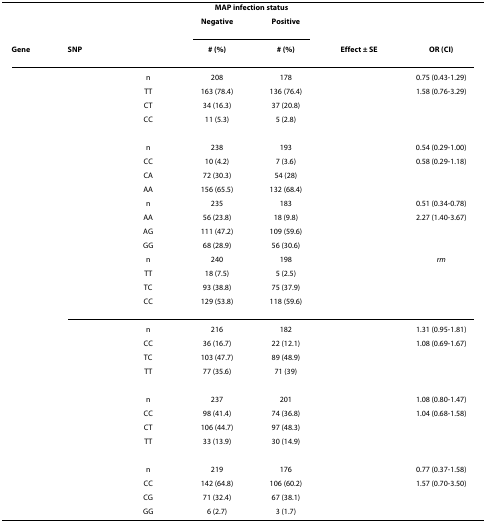
<table><thead><tr><td>[EMPTY_CELL]</td><td>[EMPTY_CELL]</td><td>[EMPTY_CELL]</td><td colspan="2"><b>MAP infection status</b></td><td>[EMPTY_CELL]</td><td>[EMPTY_CELL]</td></tr><tr><td>[EMPTY_CELL]</td><td>[EMPTY_CELL]</td><td>[EMPTY_CELL]</td><td><b>Negative</b></td><td><b>Positive</b></td><td>[EMPTY_CELL]</td><td>[EMPTY_CELL]</td></tr><tr><td><b>Gene</b></td><td><b>SNP</b></td><td>[EMPTY_CELL]</td><td><b># (%)</b></td><td><b># (%)</b></td><td><b>Effect ± SE</b></td><td><b>OR (CI)</b></td></tr></thead><tbody><tr><td>[EMPTY_CELL]</td><td>[EMPTY_CELL]</td><td>n</td><td>208</td><td>178</td><td>[EMPTY_CELL]</td><td>0.75 (0.43-1.29)</td></tr><tr><td>[EMPTY_CELL]</td><td>[EMPTY_CELL]</td><td>TT</td><td>163 (78.4)</td><td>136 (76.4)</td><td>[EMPTY_CELL]</td><td>1.58 (0.76-3.29)</td></tr><tr><td>[EMPTY_CELL]</td><td>[EMPTY_CELL]</td><td>CT</td><td>34 (16.3)</td><td>37 (20.8)</td><td>[EMPTY_CELL]</td><td>[EMPTY_CELL]</td></tr><tr><td>[EMPTY_CELL]</td><td>[EMPTY_CELL]</td><td>CC</td><td>11 (5.3)</td><td>5 (2.8)</td><td>[EMPTY_CELL]</td><td>[EMPTY_CELL]</td></tr><tr><td>[EMPTY_CELL]</td><td>[EMPTY_CELL]</td><td>n</td><td>238</td><td>193</td><td>[EMPTY_CELL]</td><td>0.54 (0.29-1.00)</td></tr><tr><td>[EMPTY_CELL]</td><td>[EMPTY_CELL]</td><td>CC</td><td>10 (4.2)</td><td>7 (3.6)</td><td>[EMPTY_CELL]</td><td>0.58 (0.29-1.18)</td></tr><tr><td>[EMPTY_CELL]</td><td>[EMPTY_CELL]</td><td>CA</td><td>72 (30.3)</td><td>54 (28)</td><td>[EMPTY_CELL]</td><td>[EMPTY_CELL]</td></tr><tr><td>[EMPTY_CELL]</td><td>[EMPTY_CELL]</td><td>AA</td><td>156 (65.5)</td><td>132 (68.4)</td><td>[EMPTY_CELL]</td><td>[EMPTY_CELL]</td></tr><tr><td>[EMPTY_CELL]</td><td>[EMPTY_CELL]</td><td>n</td><td>235</td><td>183</td><td>[EMPTY_CELL]</td><td>0.51 (0.34-0.78)</td></tr><tr><td>[EMPTY_CELL]</td><td>[EMPTY_CELL]</td><td>AA</td><td>56 (23.8)</td><td>18 (9.8)</td><td>[EMPTY_CELL]</td><td>2.27 (1.40-3.67)</td></tr><tr><td>[EMPTY_CELL]</td><td>[EMPTY_CELL]</td><td>AG</td><td>111 (47.2)</td><td>109 (59.6)</td><td>[EMPTY_CELL]</td><td>[EMPTY_CELL]</td></tr><tr><td>[EMPTY_CELL]</td><td>[EMPTY_CELL]</td><td>GG</td><td>68 (28.9)</td><td>56 (30.6)</td><td>[EMPTY_CELL]</td><td>[EMPTY_CELL]</td></tr><tr><td>[EMPTY_CELL]</td><td>[EMPTY_CELL]</td><td>n</td><td>240</td><td>198</td><td>[EMPTY_CELL]</td><td><i>rm</i></td></tr><tr><td>[EMPTY_CELL]</td><td>[EMPTY_CELL]</td><td>TT</td><td>18 (7.5)</td><td>5 (2.5)</td><td>[EMPTY_CELL]</td><td>[EMPTY_CELL]</td></tr><tr><td>[EMPTY_CELL]</td><td>[EMPTY_CELL]</td><td>TC</td><td>93 (38.8)</td><td>75 (37.9)</td><td>[EMPTY_CELL]</td><td>[EMPTY_CELL]</td></tr><tr><td>[EMPTY_CELL]</td><td>[EMPTY_CELL]</td><td>CC</td><td>129 (53.8)</td><td>118 (59.6)</td><td>[EMPTY_CELL]</td><td>[EMPTY_CELL]</td></tr><tr><td>[EMPTY_CELL]</td><td>[EMPTY_CELL]</td><td>n</td><td>216</td><td>182</td><td>[EMPTY_CELL]</td><td>1.31 (0.95-1.81)</td></tr><tr><td>[EMPTY_CELL]</td><td>[EMPTY_CELL]</td><td>CC</td><td>36 (16.7)</td><td>22 (12.1)</td><td>[EMPTY_CELL]</td><td>1.08 (0.69-1.67)</td></tr><tr><td>[EMPTY_CELL]</td><td>[EMPTY_CELL]</td><td>TC</td><td>103 (47.7)</td><td>89 (48.9)</td><td>[EMPTY_CELL]</td><td>[EMPTY_CELL]</td></tr><tr><td>[EMPTY_CELL]</td><td>[EMPTY_CELL]</td><td>TT</td><td>77 (35.6)</td><td>71 (39)</td><td>[EMPTY_CELL]</td><td>[EMPTY_CELL]</td></tr><tr><td>[EMPTY_CELL]</td><td>[EMPTY_CELL]</td><td>n</td><td>237</td><td>201</td><td>[EMPTY_CELL]</td><td>1.08 (0.80-1.47)</td></tr><tr><td>[EMPTY_CELL]</td><td>[EMPTY_CELL]</td><td>CC</td><td>98 (41.4)</td><td>74 (36.8)</td><td>[EMPTY_CELL]</td><td>1.04 (0.68-1.58)</td></tr><tr><td>[EMPTY_CELL]</td><td>[EMPTY_CELL]</td><td>CT</td><td>106 (44.7)</td><td>97 (48.3)</td><td>[EMPTY_CELL]</td><td>[EMPTY_CELL]</td></tr><tr><td>[EMPTY_CELL]</td><td>[EMPTY_CELL]</td><td>TT</td><td>33 (13.9)</td><td>30 (14.9)</td><td>[EMPTY_CELL]</td><td>[EMPTY_CELL]</td></tr><tr><td>[EMPTY_CELL]</td><td>[EMPTY_CELL]</td><td>n</td><td>219</td><td>176</td><td>[EMPTY_CELL]</td><td>0.77 (0.37-1.58)</td></tr><tr><td>[EMPTY_CELL]</td><td>[EMPTY_CELL]</td><td>CC</td><td>142 (64.8)</td><td>106 (60.2)</td><td>[EMPTY_CELL]</td><td>1.57 (0.70-3.50)</td></tr><tr><td>[EMPTY_CELL]</td><td>[EMPTY_CELL]</td><td>CG</td><td>71 (32.4)</td><td>67 (38.1)</td><td>[EMPTY_CELL]</td><td>[EMPTY_CELL]</td></tr><tr><td>[EMPTY_CELL]</td><td>[EMPTY_CELL]</td><td>GG</td><td>6 (2.7)</td><td>3 (1.7)</td><td>[EMPTY_CELL]</td><td>[EMPTY_CELL]</td></tr></tbody></table>